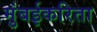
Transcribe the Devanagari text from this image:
मुंबईकरिता